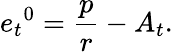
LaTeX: {e_{t}}^{0}=\frac pr-A_{t}.